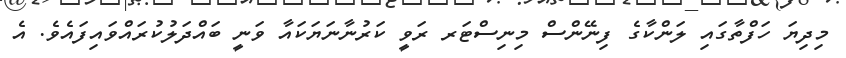
މިދިޔަ ހަފްތާގައި ލަންކާގެ ފިނޭންސް މިނިސްޓަރ ރަވީ ކަރުނާނަޔަކައާ ވަނީ ބައްދަލުކުރައްވައިފައެވެ. އެ